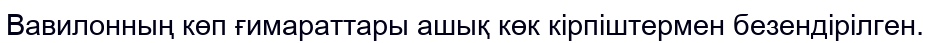
Вавилонның көп ғимараттары ашық көк кірпіштермен безендірілген.